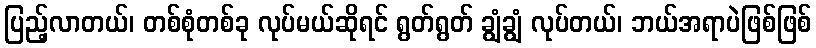
ပြည့်လာတယ်၊ တစ်စုံတစ်ခု လုပ်မယ်ဆိုရင် ရွတ်ရွတ် ချွံချွံ လုပ်တယ်၊ ဘယ်အရာပဲဖြစ်ဖြစ်